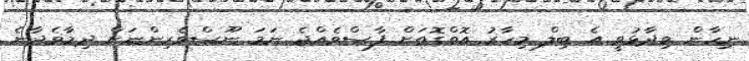
ނިހާން ވިދާޅުވީ އެ ބިލް މިހާރު އޮތްގޮތަށް ފާސްވެއްޖެ ނަމަ ނޫސްވެރިންނަށް ދިމާވެދާނެ